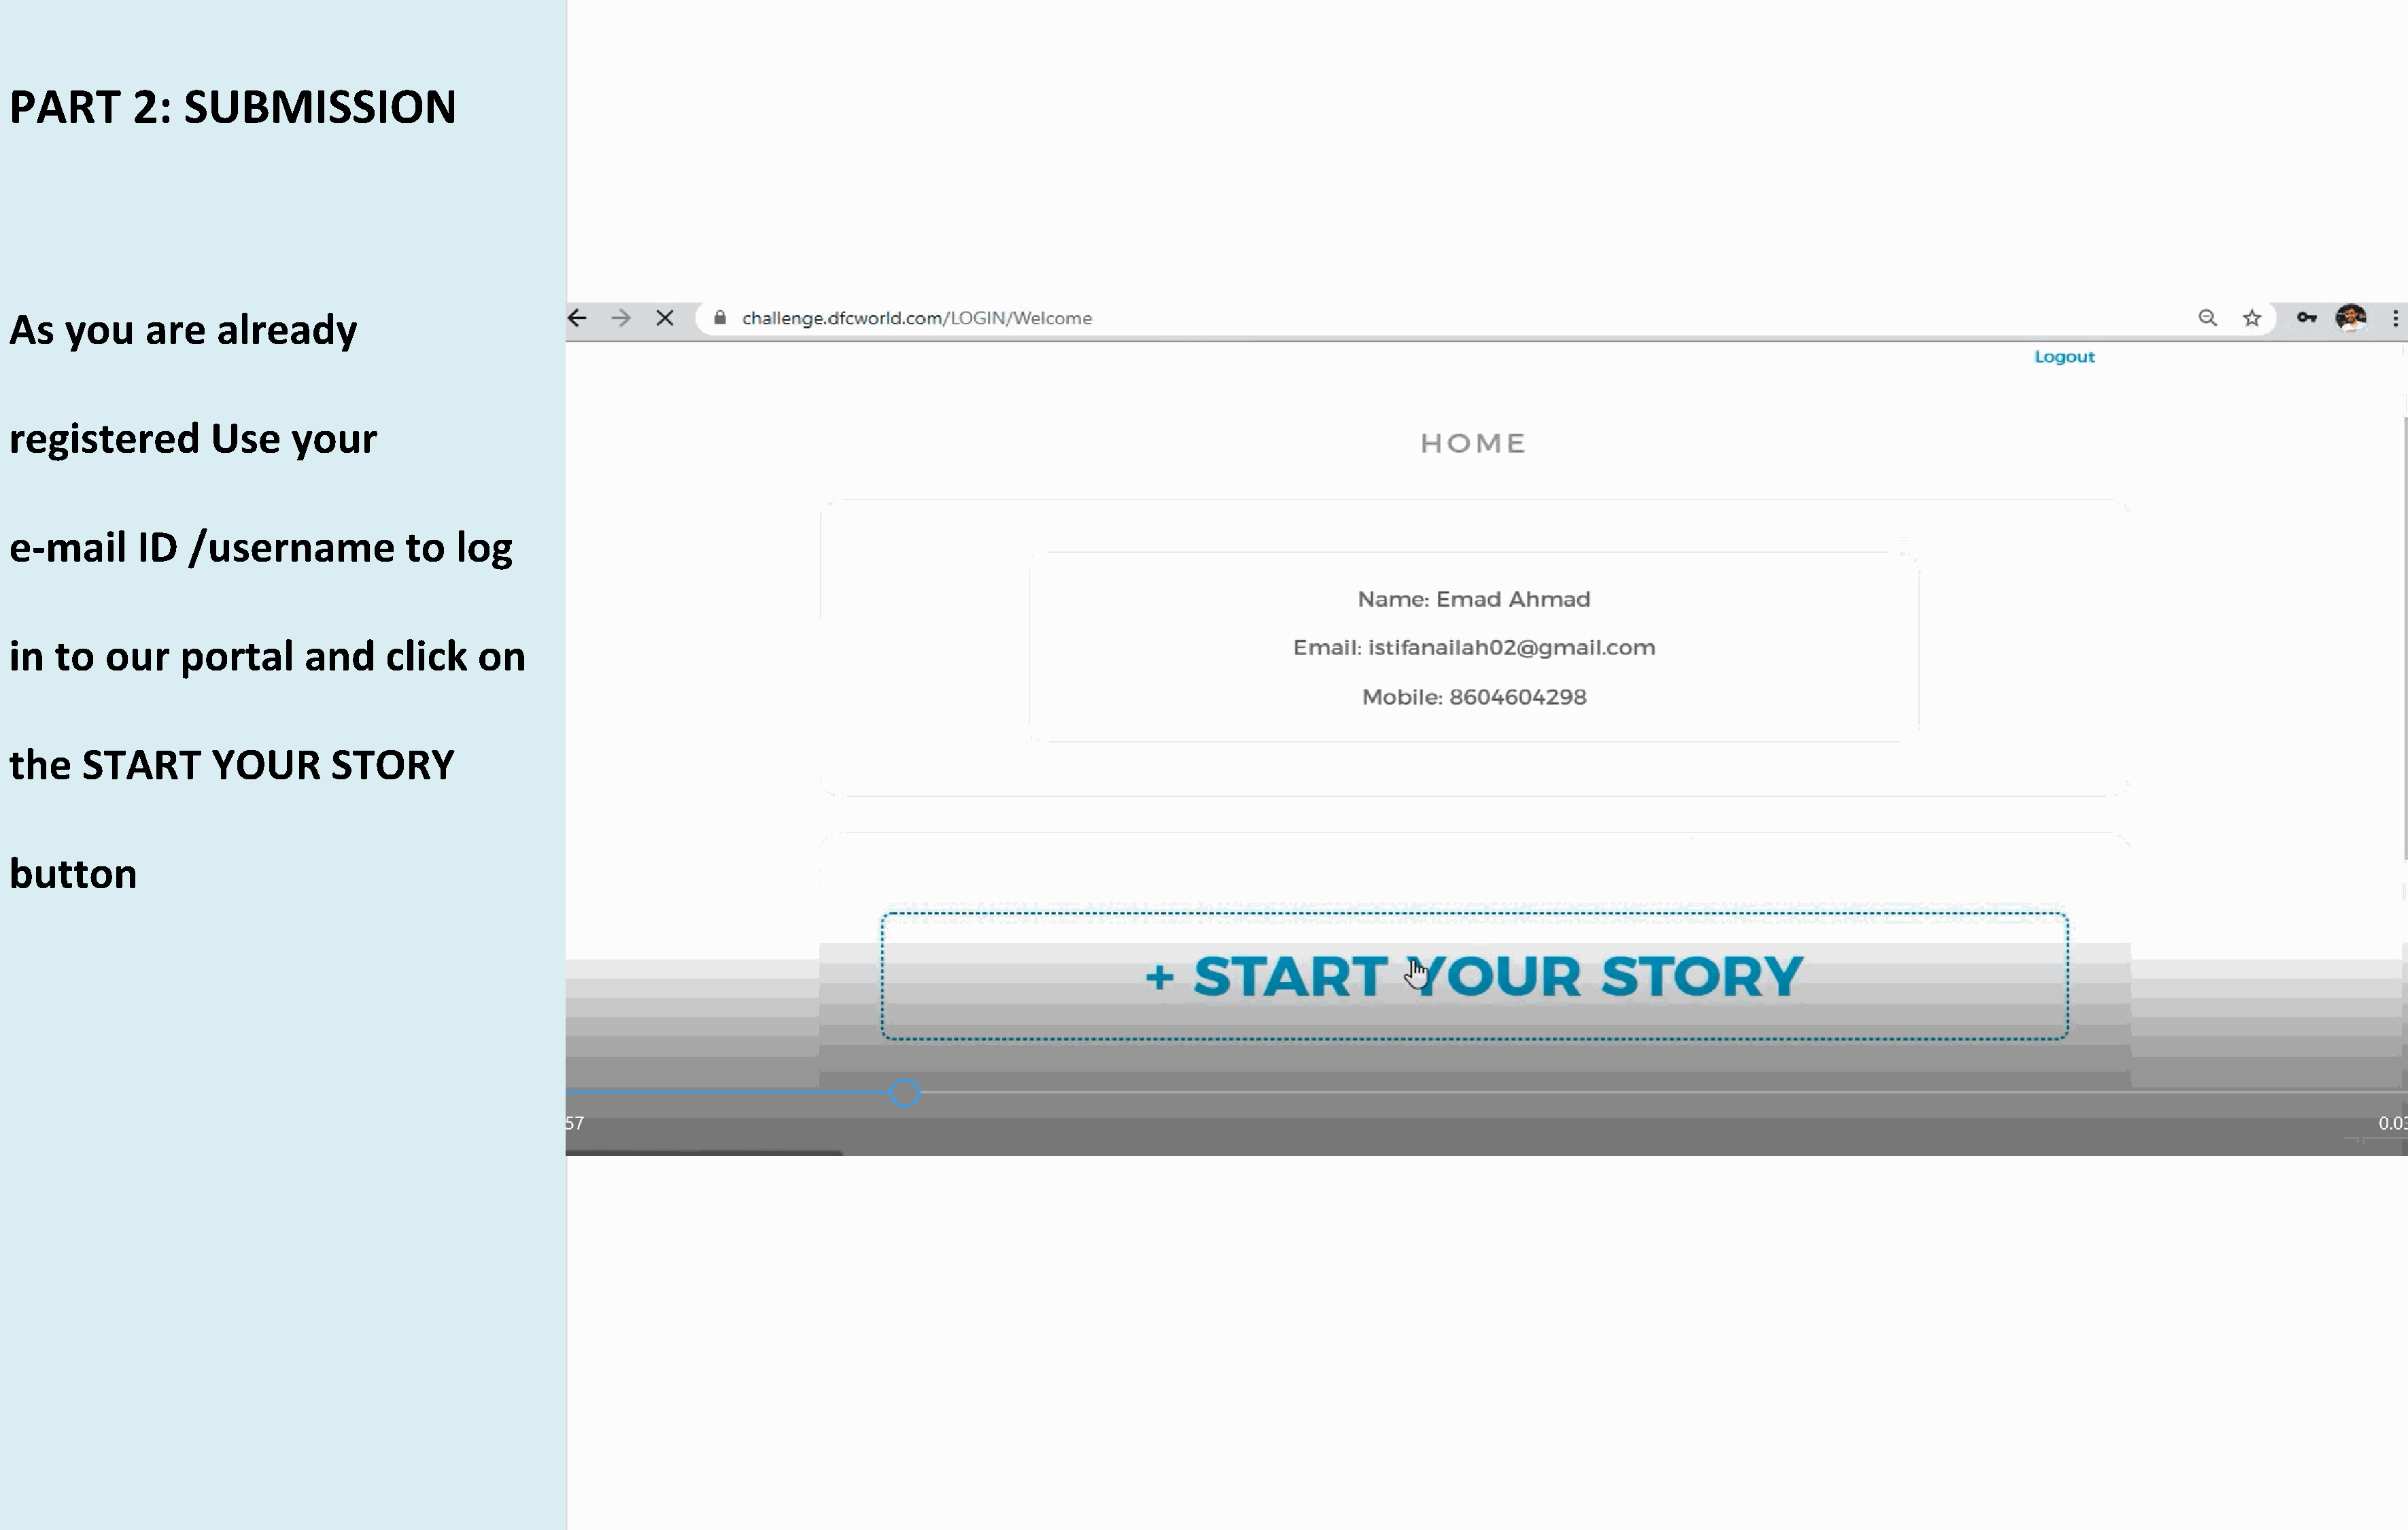
PART        2:   SUBMISSION
 As   you     are    already
 registered          Use    your
 e-mail      ID   /username            to   log
 in  to   our     portal      and     click    on
 the    START        YOUR       STORY
 button